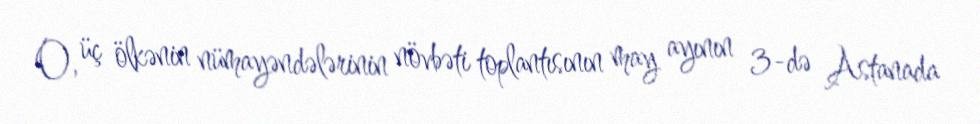
O, üç ölkənin nümayəndələrinin növbəti toplantısının may ayının 3-də Astanada